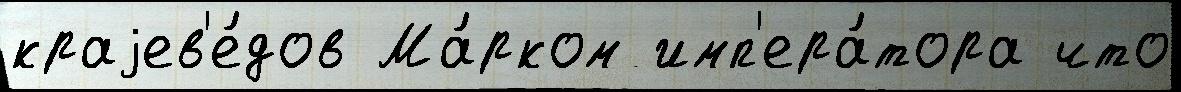
краjев'е́дов Ма́рком имп'ера́тора что